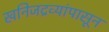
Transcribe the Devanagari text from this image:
खनिजद्रव्यांपासून